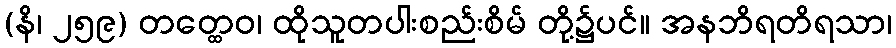
(နိ၊ ၂၅၉) တတ္ထေဝ၊ ထိုသူတပါးစည်းစိမ် တို့၌ပင်။ အနဘိရတိရသာ၊